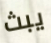
يبث